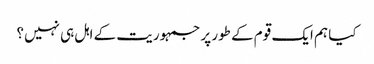
کیا ہم ایک قوم کے طور پر جمہوریت کے اہل ہی نہیں؟